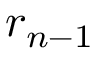
r _ { n - 1 }